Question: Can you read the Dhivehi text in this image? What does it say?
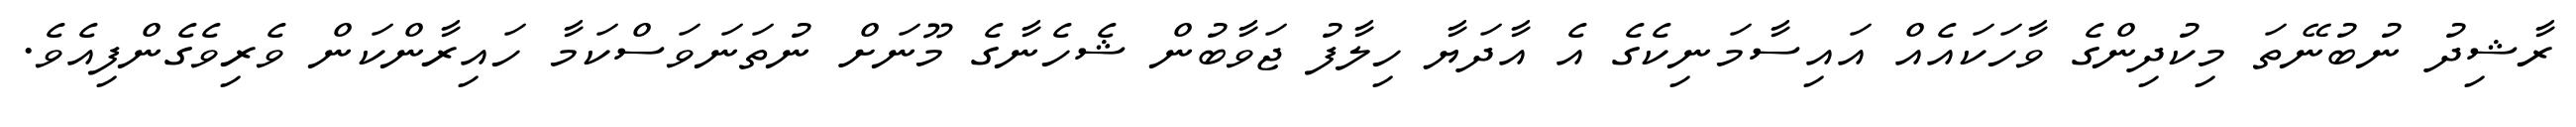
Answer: ރާޝިދު ނުބުނޭތަ މިކުދިންގެ ވާހަކައެއް އައިސާމަނިކެގެ އެ އާދަޔާ ހިލާފު ޖަވާބުން ޝެހެނާގެ މޫނަށް ނުތަނަވަސްކަމާ ހައިރާންކަން ވެރިވެގެންފިއެވެ.